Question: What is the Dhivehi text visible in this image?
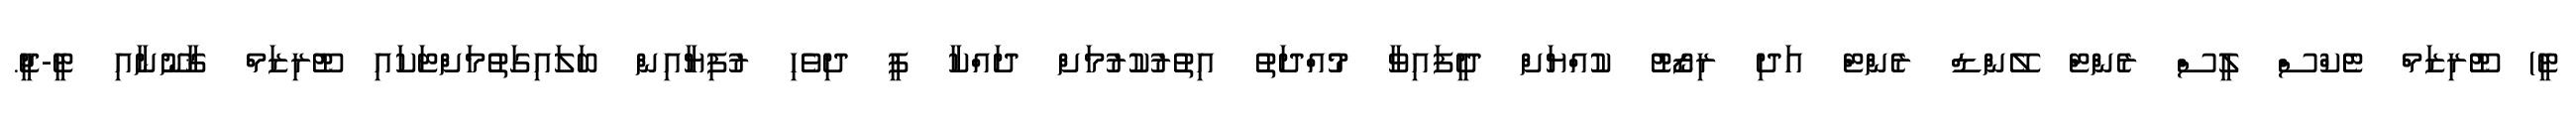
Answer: ޓީ) ޓޫރިޒަމް ޓެކްސް ލީސް ރެންޓް ލޭންޑް ރެންޓް އަދި ރިޒޯޓު ކުއްޔަށް ދީފައިވާ މުއްދަތު އިތުރުކުރުމަށް ދައްކާ ފީ ދިވެހި ރުފިޔާއިން ބަލައިގަތުމަށްޓަކައި ޓޫރިޒަމް ޤާނޫނާއި ޓީ-ޖީ.